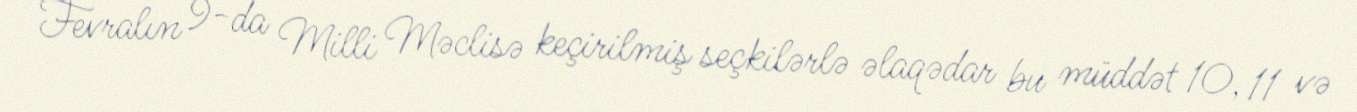
Fevralın 9-da Milli Məclisə keçirilmiş seçkilərlə əlaqədar bu müddət 10, 11 və